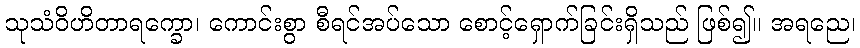
သုသံဝိဟိတာရက္ခော၊ ကောင်းစွာ စီရင်အပ်သော စောင့်ရှောက်ခြင်းရှိသည် ဖြစ်၍။ အရညေ၊